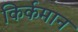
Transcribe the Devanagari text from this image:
किर्कमान